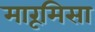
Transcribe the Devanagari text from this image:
मारूमिसा